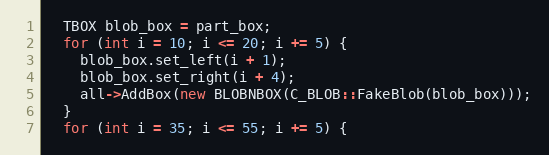
Language: C++
  TBOX blob_box = part_box;
  for (int i = 10; i <= 20; i += 5) {
    blob_box.set_left(i + 1);
    blob_box.set_right(i + 4);
    all->AddBox(new BLOBNBOX(C_BLOB::FakeBlob(blob_box)));
  }
  for (int i = 35; i <= 55; i += 5) {